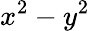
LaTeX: x^{2}-y^{2}